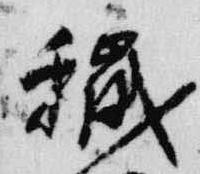
穢